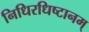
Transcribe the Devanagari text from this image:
निधिरधिष्टानम्